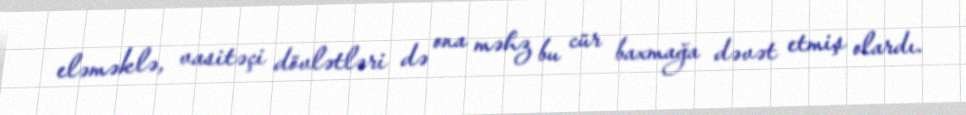
eləməklə, vasitəçi dövlətləri də ona məhz bu cür baxmağa dəvət etmiş olardı.